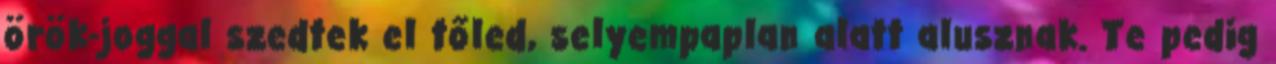
örök-joggal szedtek el tőled, selyempaplan alatt alusznak. Te pedig